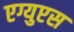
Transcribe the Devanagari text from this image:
एग्युप्टस